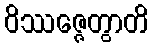
ဝိဿဇ္ဇေတွာတိ